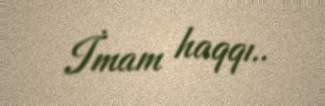
İmam haqqı..